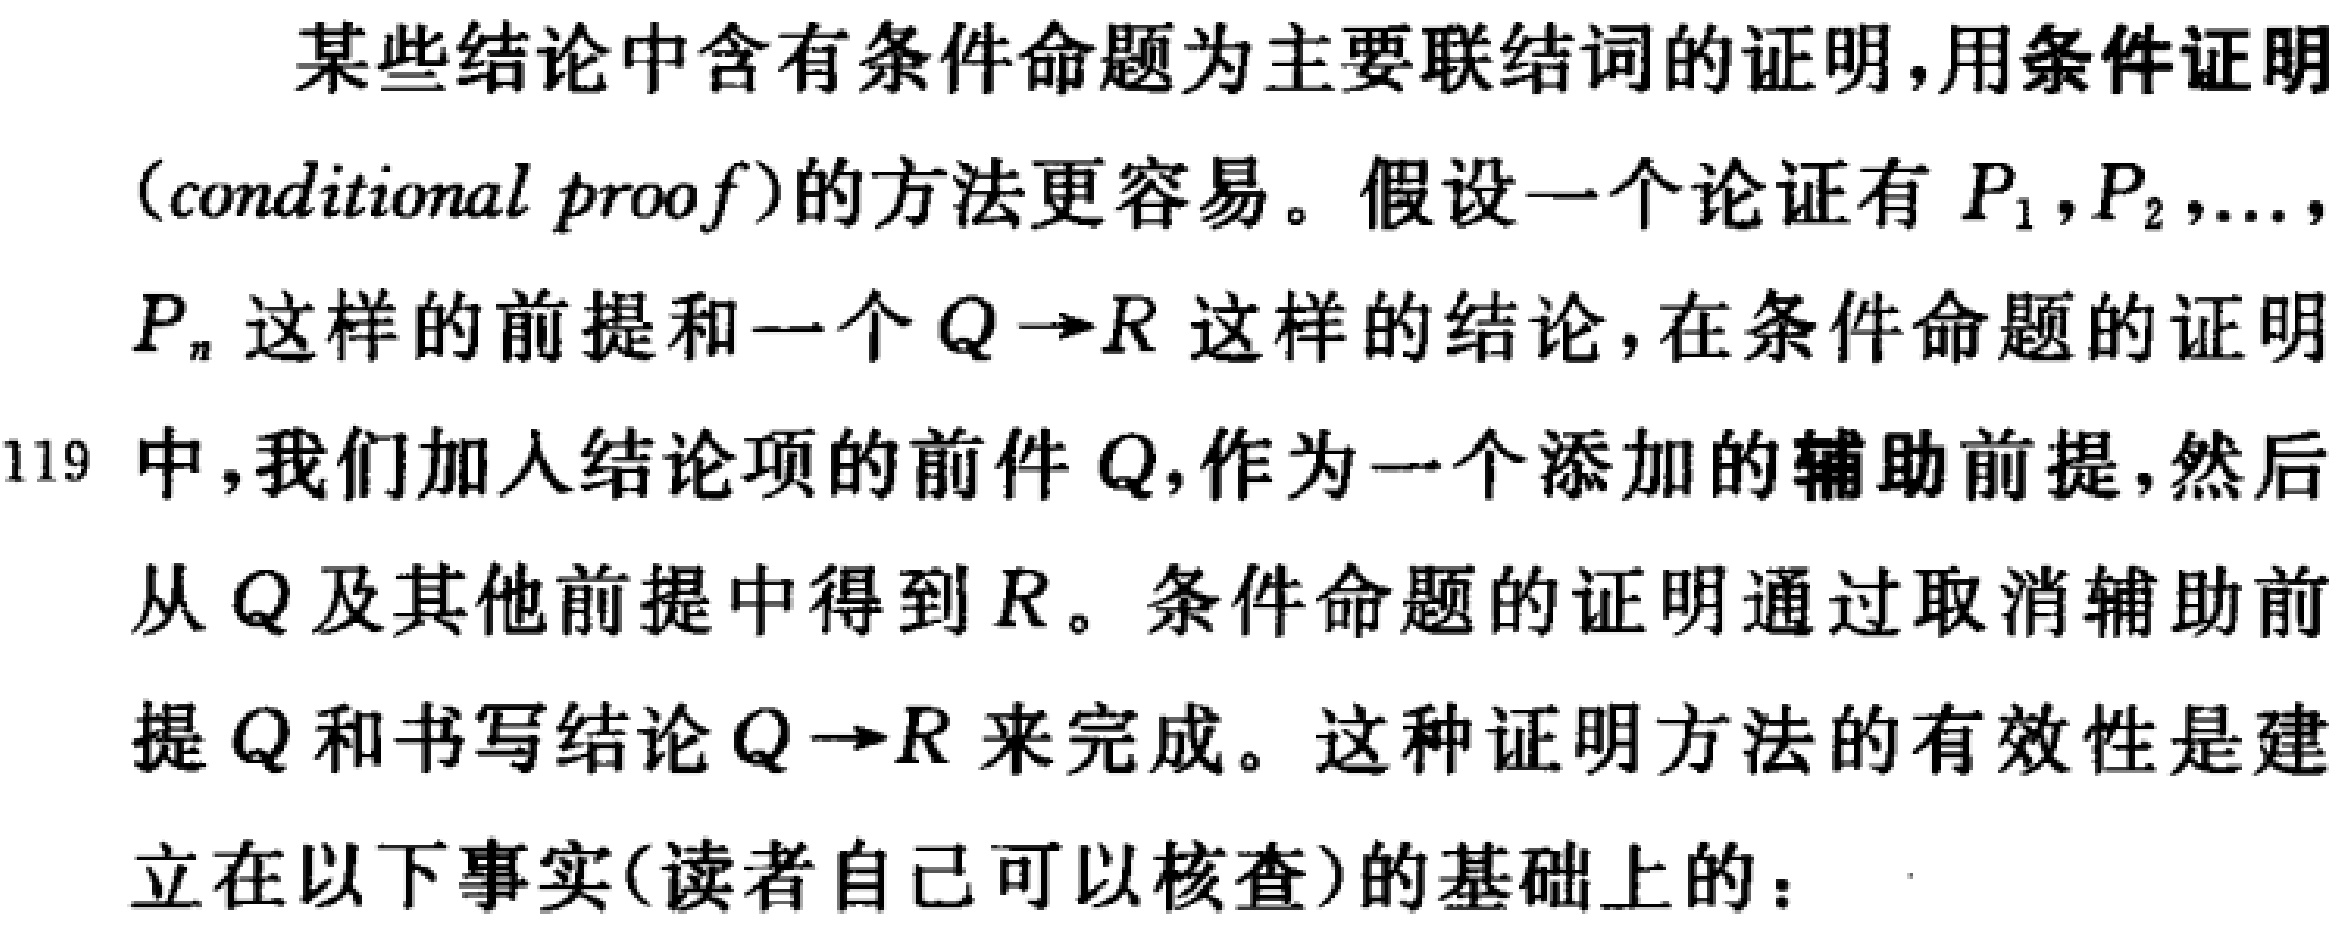
某些结论中含有条件命题为主要联结词的证明,用条件证明
(conditional proof)的方法更容易。假设一个论证有 \(P_1,P_2,\ldots,\)
\(P_n\) 这样的前提和一个 \(Q\rightarrow R\) 这样的结论,在条件命题的证明
中,我们加入结论项的前件 \(Q\),作为一个添加的辅助前提,然后
从 \(Q\) 及其他前提中得到 \(R\)。条件命题的证明通过取消辅助前
提 \(Q\) 和书写结论 \(Q\rightarrow R\) 来完成。这种证明方法的有效性是建
立在以下事实(读者自己可以核查)的基础上的：